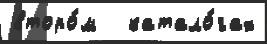
второ́м   катало́гах